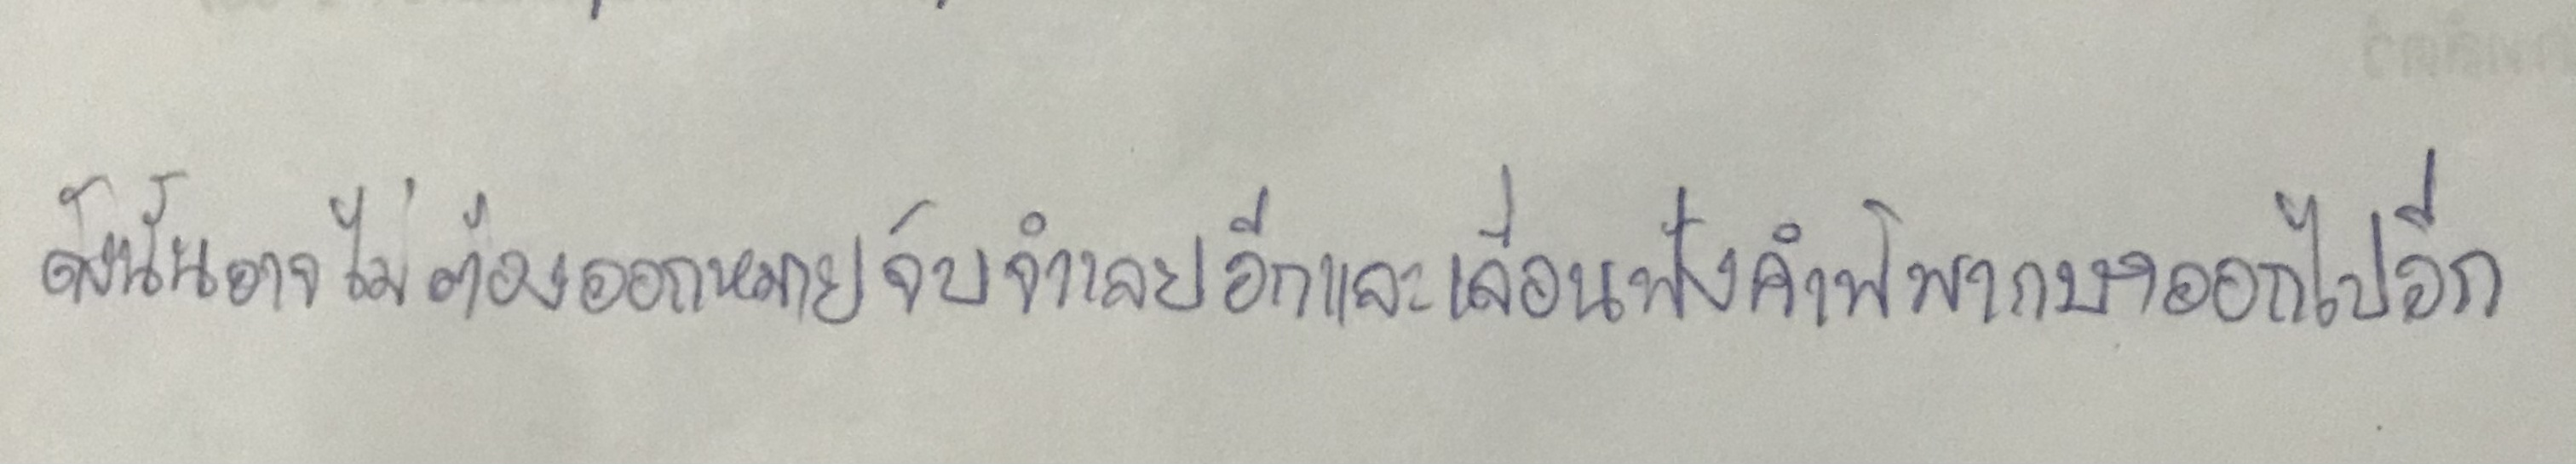
ดังนั้นอาจไม่ต้องออกหมายจับจำเลยอีกและเลื่อนฟังคำพิพากษาออกไปอีก